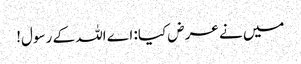
میں نے عرض کیا: اے اللہ کے رسول!